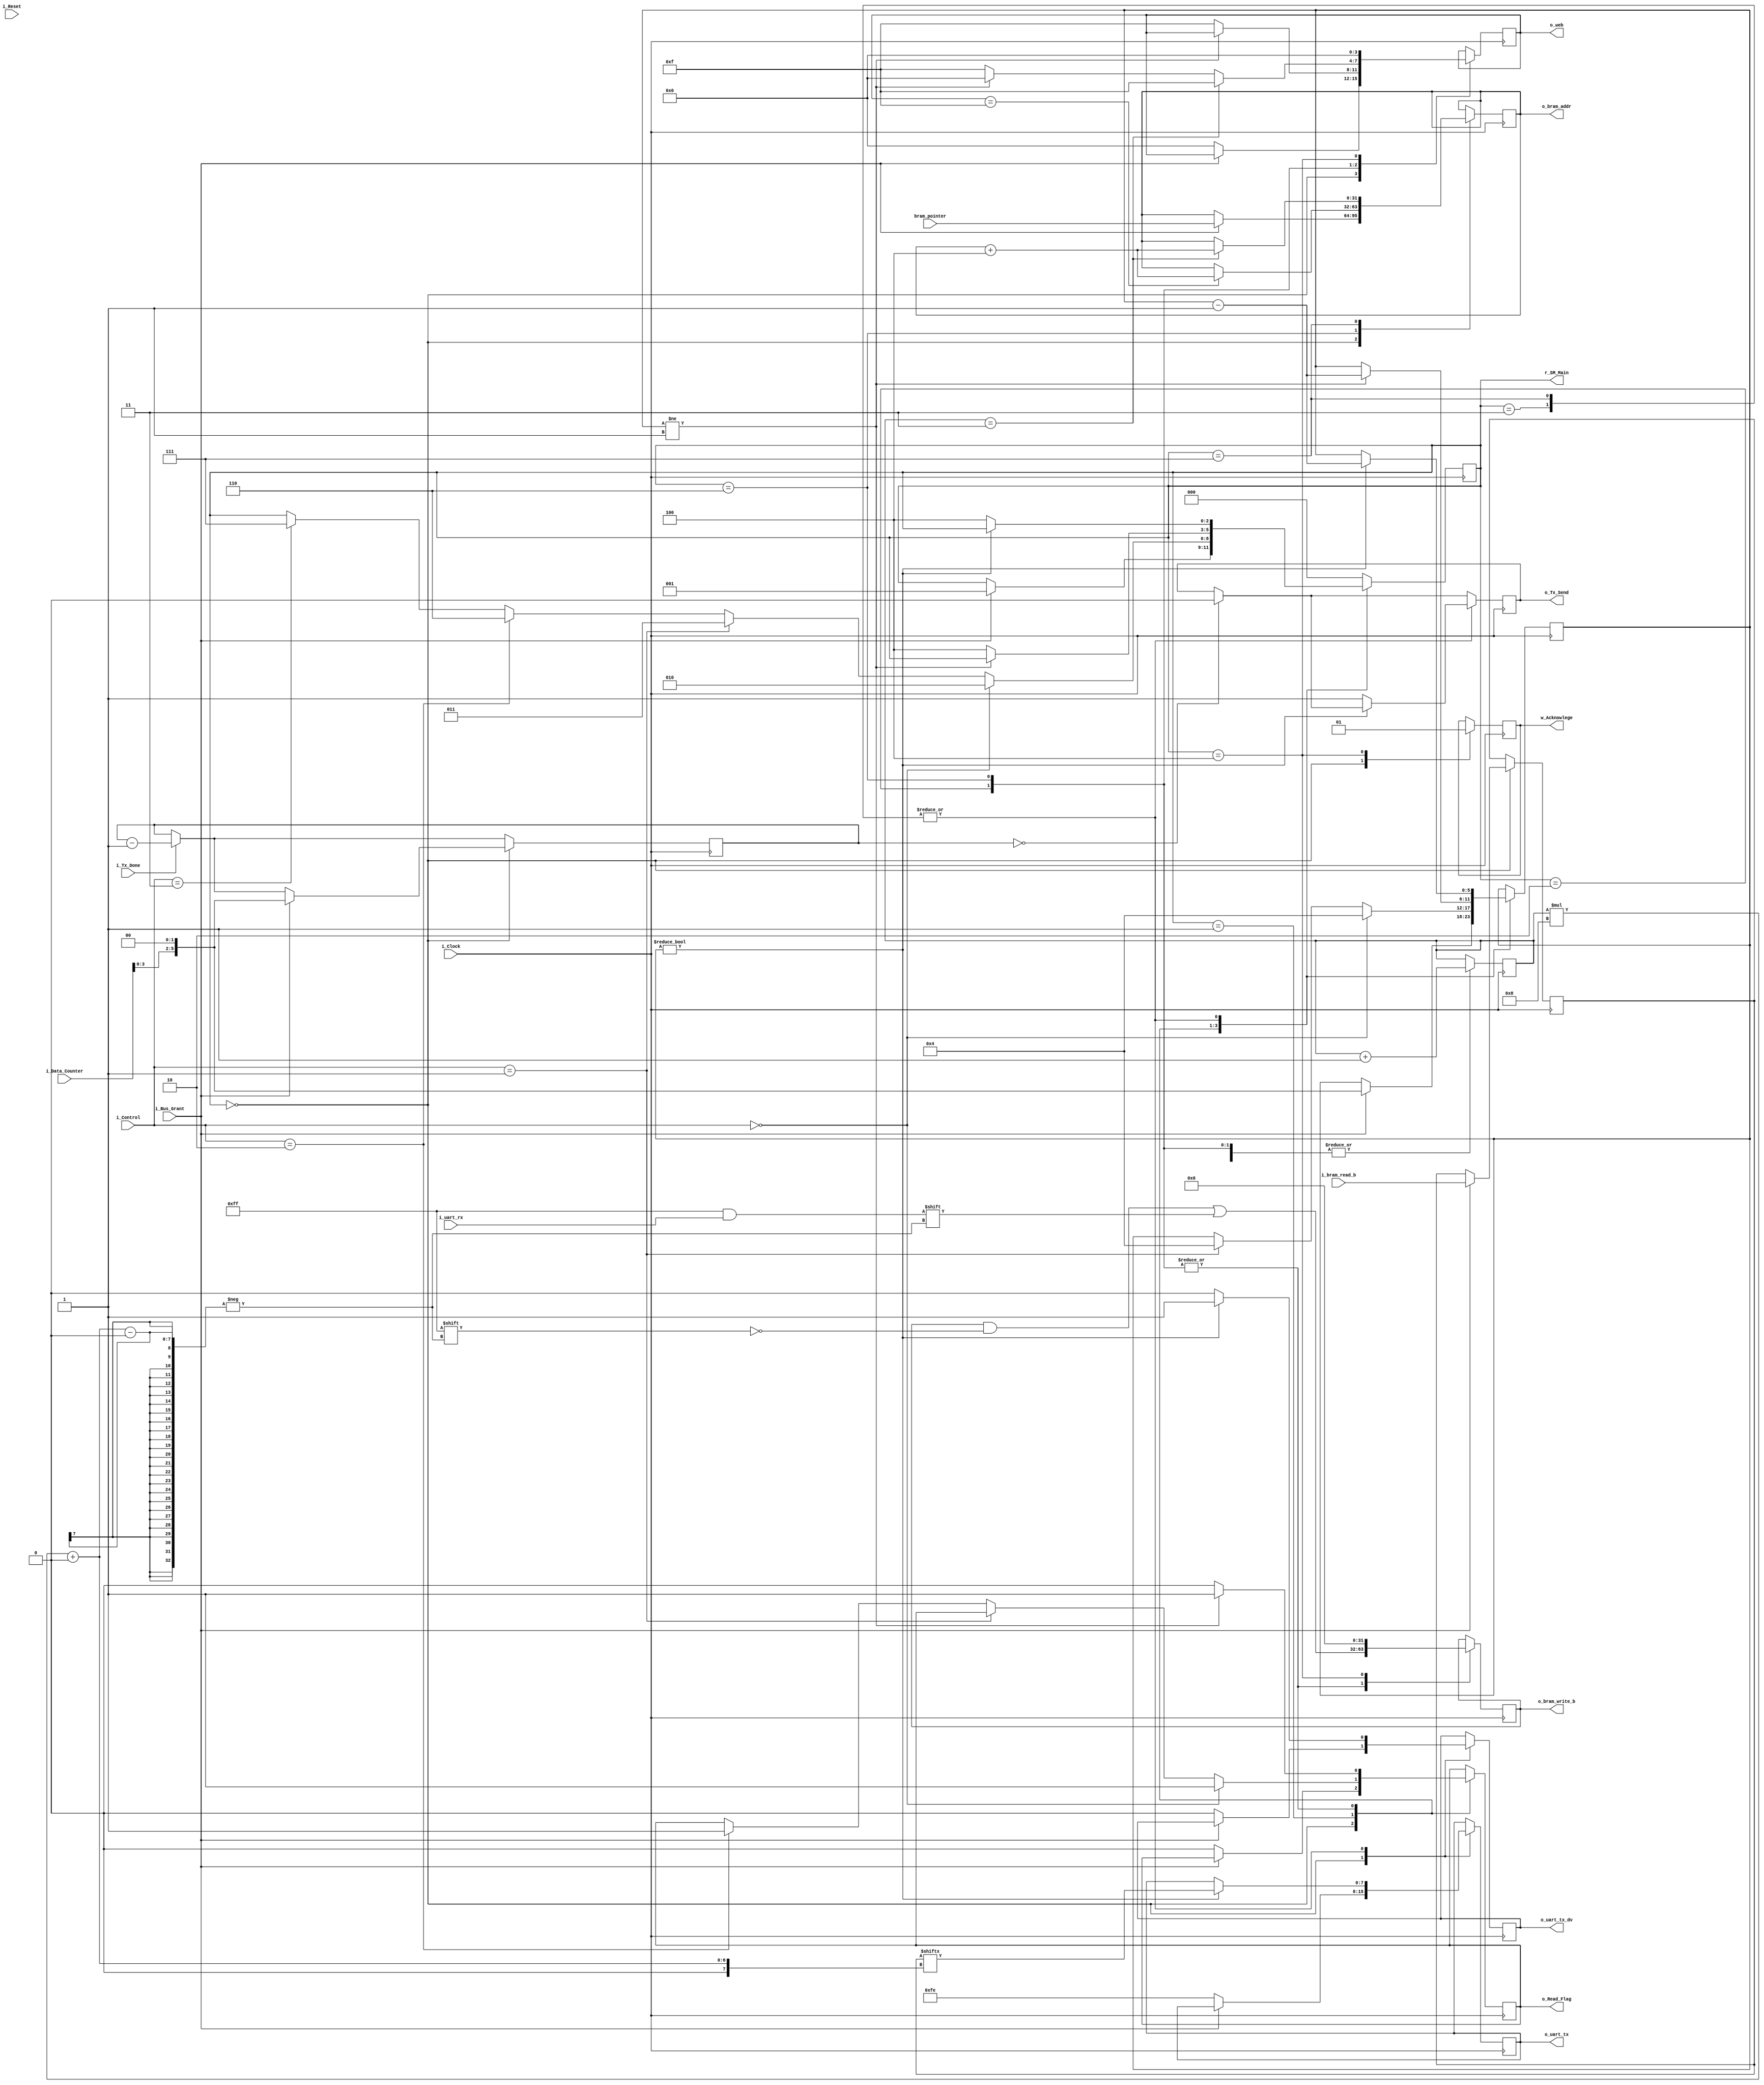
`timescale 1ns / 1ps
//////////////////////////////////////////////////////////////////////////////////
// Company: 
// Engineer: 
// 
// Design Name: 
// Module Name: dma_word_controller
// Project Name: 
// Target Devices: 
// Tool Versions: 
// Description: 
// 
// Dependencies: 
// 
// Revision:
// Revision 0.01 - File Created
// Additional Comments:
// 
//////////////////////////////////////////////////////////////////////////////////


module dma_word_controller
#(parameter SIZE_BIT = 5)
(
    input        i_Clock,
    input        i_Reset,//Dummy ?
    input [1:0]  i_Control,//2bit control with burst modes
    input        i_Bus_Grant, // From Control Memory
    input [31:0] bram_pointer, //Address from Control, read and write
    
    output   o_Read_Flag, // Read Trigger for Uart 
    input [7:0]  i_uart_rx, // Byte from Uart Rx fifo
    
    output       o_Tx_Send,// Trigger to send data to Uart 
    output  [7:0] o_uart_tx, // Byte to be sent to Uart
    output       o_uart_tx_dv, //Byte has finished writing and not an unstable value
    input  [SIZE_BIT:0] i_Data_Counter, //No of bytes to be sent in burst mode
    input        i_Tx_Done, //Uart has successfully sent a bram_pointer
    output       w_Acknowlege,
    output reg [2:0]    r_SM_Main     = 0,
    
    
    input  [31:0]  i_bram_read_b, //Input from bram 
    output [31:0]  o_bram_write_b,//Output to be written to bram
    output [3:0]   o_web, //Write enable 
    output [31: 0]  o_bram_addr // Output bram address 
    );
    
    
    parameter s_IDLE         = 3'b000;
    parameter s_DMA_SETUP    = 3'b001;
    parameter s_DMA_IO_READ  = 3'b010;
    parameter s_DMA_IO_READ_BURST= 3'b110;
    
    parameter s_DMA_IO_WRITE = 3'b011;
    parameter s_DMA_IO_WRITE_BURST= 3'b111;
    parameter s_CLEANUP      = 3'b100;//Exit and trigger dma ack signal
    
    //reg [2:0]    r_SM_Main     = 0;
    reg [31:0]   r_Address     = 0; //holds address given by control block 
    reg [31:0]   r_Address_output=0;//Address of bram to which word is written to.
    reg [SIZE_BIT:0]    r_Data_Counter=0;  //counts the number of bytes to be sent to the Uart, use integer datatype ?
    reg [SIZE_BIT:0]    r_Word_Counter=0; 
    reg r_Tx_Send_buffer =0; //Buffers the values_CLEANUP
    
    reg r_uart_tx = 0;
    reg r_Read_Flag_dma = 0;
    reg [7:0] r_uart_tx_dma =0 ;
    reg r_uart_tx_dv_dma =0; 
    reg [3:0] r_web=0;
    reg [31:0] r_bram_write_b=0;
    reg [31:0] r_bram_read_b=0;
    
    reg [1:0] Pos =0;
    reg r_delay_send_flag = 0;
    reg r_Acknowlege;
    
    always @(posedge i_Clock)
    begin
    if(i_Tx_Done==1'b1)
        begin
            r_Data_Counter <=r_Data_Counter-1;
            $display("0x%0h",r_Data_Counter);
            $display("Tx_Done");
        end
    if(r_Data_Counter==0) 
                r_Tx_Send_buffer<=1'b0;
                
      case (r_SM_Main)
        s_IDLE ://Await address
           
          begin
            r_Acknowlege <= 1'b0;//Irrespective of bus grant it should be reset at idle
            if(i_Bus_Grant ==1'b1) //Maybe check the address from control as well ?
                begin
                    r_SM_Main <=s_DMA_SETUP;
                    r_Address <= bram_pointer;
                    r_Address_output<=bram_pointer;
                    r_Data_Counter <= i_Data_Counter<<2;
                    r_Word_Counter <= i_Data_Counter<<2;
                    r_bram_read_b <= i_bram_read_b;
                    //$display(" Bus granted");
                end
            else
                begin //Basic initializationw_Tx_Byte_dma
                    r_Read_Flag_dma <=0; //Dont read from Rx buffer
                    //r_Tx_Send_buffer <=0; //Dont Write to Uart,comment this out to make it state independent and dependent only on the counter
                    
                    r_uart_tx_dma <=8'hFE; //Hold the Tx value high as default, default is not ff as it gets confusing to debug ff default state of the fifo buffer value
                    //r_Address <= bram_pointer;
                    r_uart_tx_dv_dma <= 1'b0;//Write data is not valid
                    r_web<=0;
                    //$display(" Bus not granted");
                end
                
          end 
        s_DMA_SETUP ://Decide what to do read to mem or from mem
            begin //Could be made more efficient by choosing based on a single bit at a time ?
                if(i_Control == 2'b00) //Write a single byte to I/O reo_uart_txdundant ?
                    begin
                        r_SM_Main <= s_DMA_IO_READ;
                        r_Word_Counter <= 4;
                        r_Read_Flag_dma <= 1'b1;
                        
                    end
                else if (i_Control == 2'b01) //Read a single byte from I/O
                    begin
                        r_SM_Main <= s_DMA_IO_WRITE;
                        r_Word_Counter <= 4;
                        //r_Address_output <= r_Address +4;
                    end
                else if (i_Control == 2'b10) //Write a burst to I/O
                    begin
                        r_SM_Main <= s_DMA_IO_READ_BURST; 
                        r_Read_Flag_dma <= 1'b1;
                        //r_Address <= r_Address-4;//Decrement here since it will get added by default next cycle
                    end
                else if (i_Control == 2'b11) //Read a burst from I/O
                    begin
                        r_SM_Main <= s_DMA_IO_WRITE_BURST;
                    end
                 
            end 
            
        s_DMA_IO_READ : //Read from the memory and write to a particular given address
            begin
               if(r_Word_Counter!=1)
                    begin
                    r_Read_Flag_dma <= 1'b1;
                    r_bram_write_b[Pos*8 +: 8]<=i_uart_rx;
                    r_Word_Counter <= r_Word_Counter -1;
                    
                    end
               else
                    begin
                         //r_uart_tx_dma <= i_uart_rx; //read once before exiting, this is required cuz we set the byte counter to 1 in the prev check. We need to only check N-1 times, if we sample all N times we would create an extra reading
                         r_bram_write_b[Pos*8 +: 8]<=i_uart_rx;
                         r_Read_Flag_dma <= 1'b0;
                         r_SM_Main <= s_CLEANUP;
                         r_web <= 4'hf; 
                         
                    end 
                $display("0x%0h",r_Word_Counter);
                //Pos <= (Pos<3)? Pos+1 : 0;
                Pos<=Pos+1; 
            end
                 
        s_DMA_IO_READ_BURST:
            begin
//                if(r_Word_Counter[2]==1) // If the word is divisible by 4, then increment address 
//                    r_Address <= r_Address+4;
                if(r_Word_Counter!=1)
                    begin
                    r_Read_Flag_dma <= 1'b1;
                    r_bram_write_b[Pos*8 +: 8]<=i_uart_rx;
                    r_Word_Counter <= r_Word_Counter -1;
                    r_web <= 4'h0;
                    end
               else
                    begin
                         //r_uart_tx_dma <= i_uart_rx; //read once before exiting, this is required cuz we set the byte counter to 1 in the prev check. We need to only check N-1 times, if we sample all N times we would create an extra reading
                         r_bram_write_b[Pos*8 +: 8]<=i_uart_rx;
                         r_Read_Flag_dma <= 1'b0;
                         r_SM_Main <= s_CLEANUP;
                         r_web <= 4'hf; 
                         
                    end 
                $display("0x%0h",r_Word_Counter);
                Pos<=Pos+1;
                //r_Address <= (Pos==3)?r_Address +4:r_Address;
                if(Pos==3)
                    r_web <= 4'hf;
                if(r_web==4'hf)
                    r_Address_output <= r_Address_output +4;                 
                //r_Address <= ((r_Word_Counter&3)==0)?r_Address +4:r_Address;
                //Pos <= (Pos<3)? Pos+1 : 0;
                
            end
            
        s_DMA_IO_WRITE ://Read from the memory and write to a particular given address
            begin
            //Read from bram, write to UartTx 
            
            if(r_Word_Counter!=0)
                begin
                    r_uart_tx_dma<= r_bram_read_b[Pos*8 +: 8];
                    r_uart_tx_dv_dma <= 1'b1;
                    r_Word_Counter <= r_Word_Counter -1;
                end
            else
                begin
                     r_uart_tx_dv_dma <= 1'b0;
                     r_Tx_Send_buffer <= 1'b1;
                     r_SM_Main <= s_CLEANUP;
                     //r_Address_output <= r_Address_output +4;
                end
                Pos<=Pos+1; 
            end
        s_DMA_IO_WRITE_BURST : //Read from the memory and write to a particular given address
            begin
            //Read from bram, write to UartTx 
            
            if(r_Word_Counter!=0)
                begin
                    r_uart_tx_dma<= r_bram_read_b[Pos*8 +: 8];
                    r_uart_tx_dv_dma <= 1'b1;
                    r_Word_Counter <= r_Word_Counter -1;
                end
            else
                begin
                     r_uart_tx_dv_dma <= 1'b0;
                     r_Tx_Send_buffer <= 1'b1;
                     r_SM_Main <= s_CLEANUP;
                end
            Pos<=Pos+1;
            if(Pos==3)
                r_Address_output <= r_Address_output +4;
            end
            
        s_CLEANUP:
            begin
                r_bram_write_b<=0;
                r_web<=0;
                r_SM_Main <= s_IDLE;
                r_Acknowlege <= 1'b1;
            end      
    //create loopback module to test the I/O first
        default :
            r_SM_Main<= s_IDLE;
        endcase
    end
   
   
   
    assign o_uart_tx_dv = r_uart_tx_dv_dma;
    assign o_uart_tx = r_uart_tx_dma;
    assign o_Read_Flag = r_Read_Flag_dma;
    assign o_Tx_Send = r_Tx_Send_buffer;
    assign w_Acknowlege =  r_Acknowlege;
    assign o_bram_addr = r_Address_output; 
    assign o_bram_write_b = r_bram_write_b;
    assign o_web = r_web;
    //assign o_uart_tx  = r_uart_tx;
endmodule